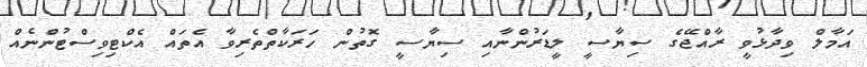
އަމާލް ވިދާޅުވީ ރާއްޖޭގެ ސިޔާސީ ލީޑަރުންނާއި ސިޔާސީ ގޮތުން ހަރަކާތްތެރިވާ އެތައް އެކްޓިވިސްޓުންނެއް